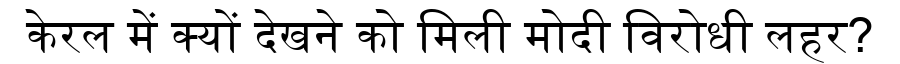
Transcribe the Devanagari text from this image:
केरल में क्यों देखने को मिली मोदी विरोधी लहर?